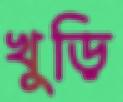
খুড়ি